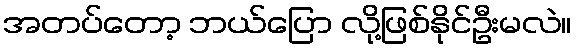
အတပ်တော့ ဘယ်ပြော လို့ဖြစ်နိုင်ဦးမလဲ။